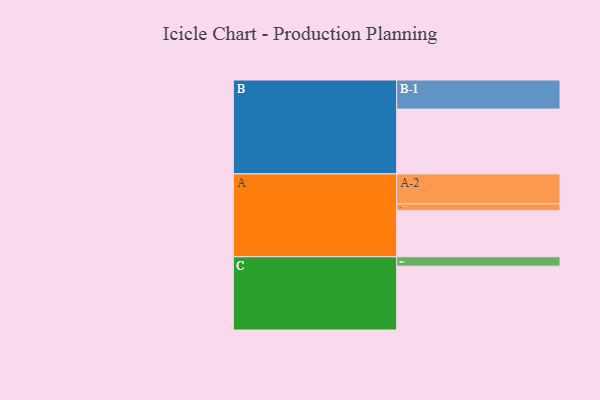
{"axis": {"x": "Segment", "y": "Value"}, "legend": ["", "A", "B", "C"], "data": [{"x": "A", "y": 339, "type": ""}, {"x": "B", "y": 477, "type": ""}, {"x": "C", "y": 470, "type": ""}, {"x": "A-1", "y": 51, "type": "A"}, {"x": "A-2", "y": 220, "type": "A"}, {"x": "B-1", "y": 214, "type": "B"}, {"x": "C-1", "y": 69, "type": "C"}]}